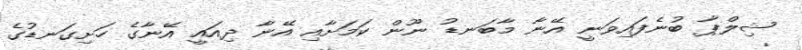
ޝިލްޕާ ބުނެފައިވަނީ އޭނާ މާބަނޑު ނޫން ކަމަށާއި އޭނާ ދިއައީ އޭނާގެ ހަށިގަނޑުގެ